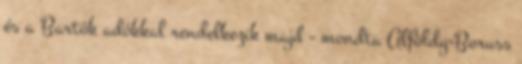
és a Bartók adókkal rendelkezik majd - mondta Alföldy-Boruss